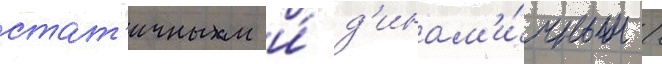
стат'ичным и́ д'инам'и́чным /